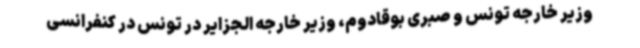
وزیر خارجه تونس و صبری بوقادوم، وزیر خارجه الجزایر در تونس در کنفرانسی